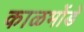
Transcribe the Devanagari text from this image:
काळभोंडे